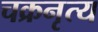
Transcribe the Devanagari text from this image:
चक्रनृत्य